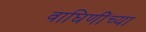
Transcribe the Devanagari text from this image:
वाघिणींच्या